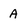
Character: A